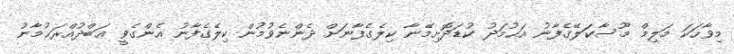
މިވާހަކަ މަލިމް މޫސާކަލޭގެފާނު އަޙުމަދު ކުޑަދޮށިމޭނާ ކިލެގެފާނަށް ދެންނެވުމުން ކިލެގެފާނު އެންގެވީ ޢަބްދުއްރަޙުމާނު